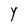
Character: Y